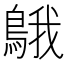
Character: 䳘